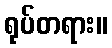
ရုပ်တရား။